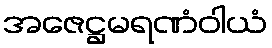
အဇေဋ္ဌမရဏံဝါယံ